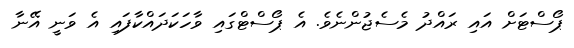
ޕޯސްޓަށް އައި ރައްދު މެސެޖުންނެވެ. އެ ޕޯސްޓްގައި ވާހަކަދައްކާފައި އެ ވަނީ އޭނާ